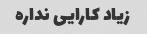
زیاد کارایی نداره